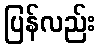
ပြန်လည်း